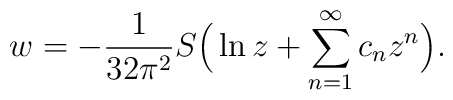
w = - \frac{1}{32\pi^2} S \Big(\ln z +\sum\limits_{n=1}^\infty c_n z^n\Big).